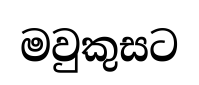
මවුකුසට